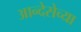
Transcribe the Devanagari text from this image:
आन्देसेच्या